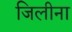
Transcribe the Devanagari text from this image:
जिलीना